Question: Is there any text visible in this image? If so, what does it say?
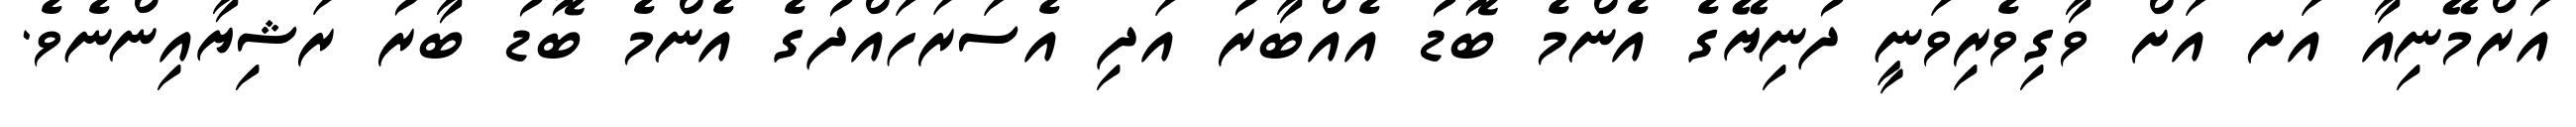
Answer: އަރްމޭނިއާ އަށ އަށް ވާގިވެރިވަނީ ދުނިޔޭގެ އެންމެ ބޮޑު އެއްބާރު އަދި އެސަރަހައްދުގެ އެންމެ ބޮޑު ބާރު ރަޝިޔާއިންނެވެ.